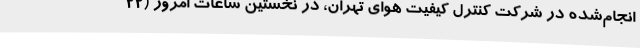
انجام‌شده در شرکت کنترل کیفیت هوای تهران، در نخستین ساعات امروز (22